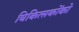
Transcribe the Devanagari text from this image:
चिकित्सकोंको